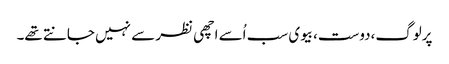
پرلوگ،دوست،بیوی سب اُسے اچھی نظر سے نہیں جانتے تھے۔